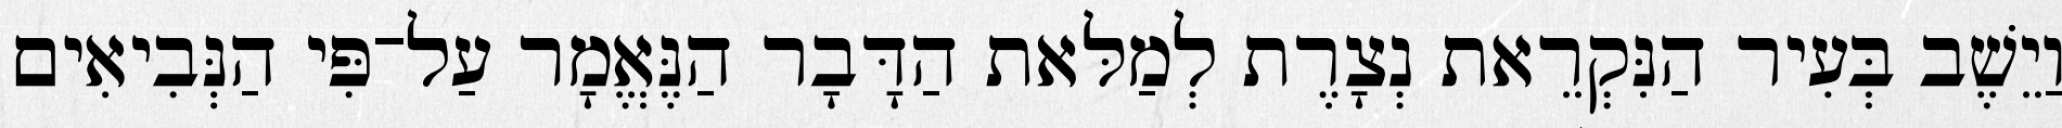
וַיֵשֶׁב בְּעִיר הַנִּקְרֵאת נְצָרֶת לְמַלּאת הַדָּבָר הַנֶּאֱמָר עַל־פִּי הַנְּבִיאִים